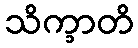
သိက္ခာတိ